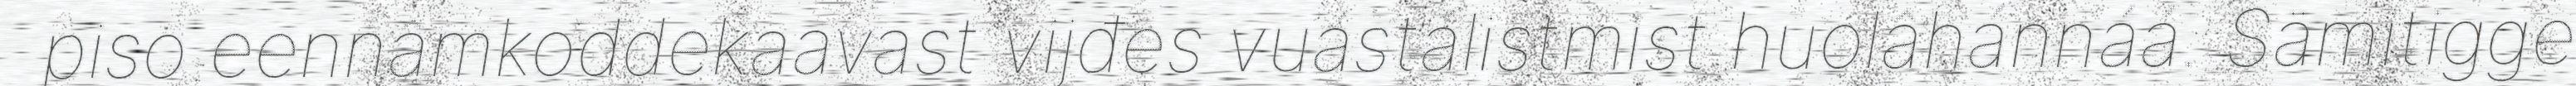
piso eennâmkoddekaavast vijđes vuástálistmist huolâhánnáá. Sämitigge